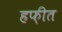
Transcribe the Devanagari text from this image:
हफ़ीत